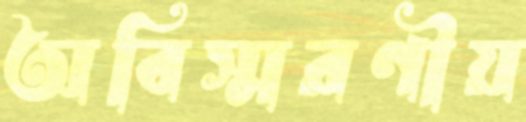
অবিস্মরণীয়